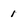
Character: 1